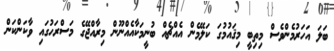
ބަލަ އަހަރުމެންވެސް މިތިބީ މިޤައުމުގަ ކަލޭމެން އެއްޗެއް ބުނީމަކާއެއްނޫން މިރާއްޖޭގެ މަސްރަހުގައި ވާކަންކަން